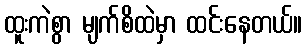
ထူးကဲစွာ မျက်စိထဲမှာ ထင်းနေတယ်။